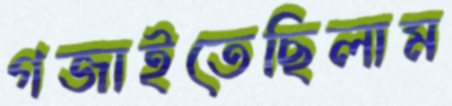
গজাইতেছিলাম